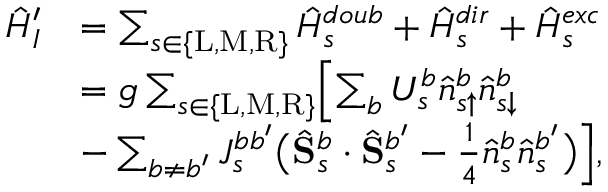
\begin{array} { r l } { \hat { H } _ { I } ^ { \prime } } & { = \sum _ { s \in \{ \mathrm { L } , \mathrm { M } , \mathrm { R } \} } \hat { H } _ { s } ^ { d o u b } + \hat { H } _ { s } ^ { d i r } + \hat { H } _ { s } ^ { e x c } } \\ & { = g \sum _ { s \in \{ \mathrm { L } , \mathrm { M } , \mathrm { R } \} } \Bigl [ \sum _ { b } U _ { s } ^ { b } \hat { n } _ { s \uparrow } ^ { b } \hat { n } _ { s \downarrow } ^ { b } } \\ & { - \sum _ { b \neq b ^ { \prime } } J _ { s } ^ { b b ^ { \prime } } \bigl ( \hat { \mathbf { S } } _ { s } ^ { b } \cdot \hat { \mathbf { S } } _ { s } ^ { b ^ { \prime } } - \frac { 1 } { 4 } \hat { n } _ { s } ^ { b } \hat { n } _ { s } ^ { b ^ { \prime } } \bigr ) \Bigr ] , } \end{array}